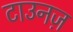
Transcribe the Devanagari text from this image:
टाउनज़